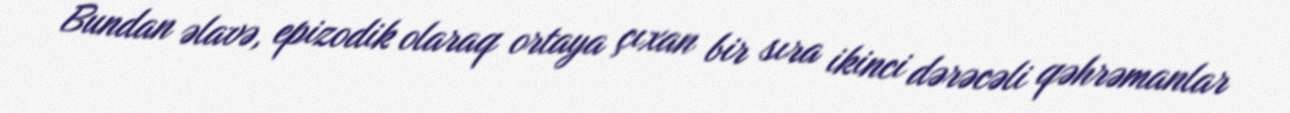
Bundan əlavə, epizodik olaraq ortaya çıxan bir sıra ikinci dərəcəli qəhrəmanlar